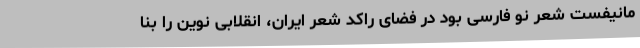
مانیفست شعر نو فارسی بود در فضای راکد شعر ایران، انقلابی نوین را بنا